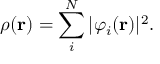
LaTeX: \rho ( \mathbf { r } ) = \sum _ { i } ^ { N } | \varphi _ { i } ( \mathbf { r } ) | ^ { 2 } .